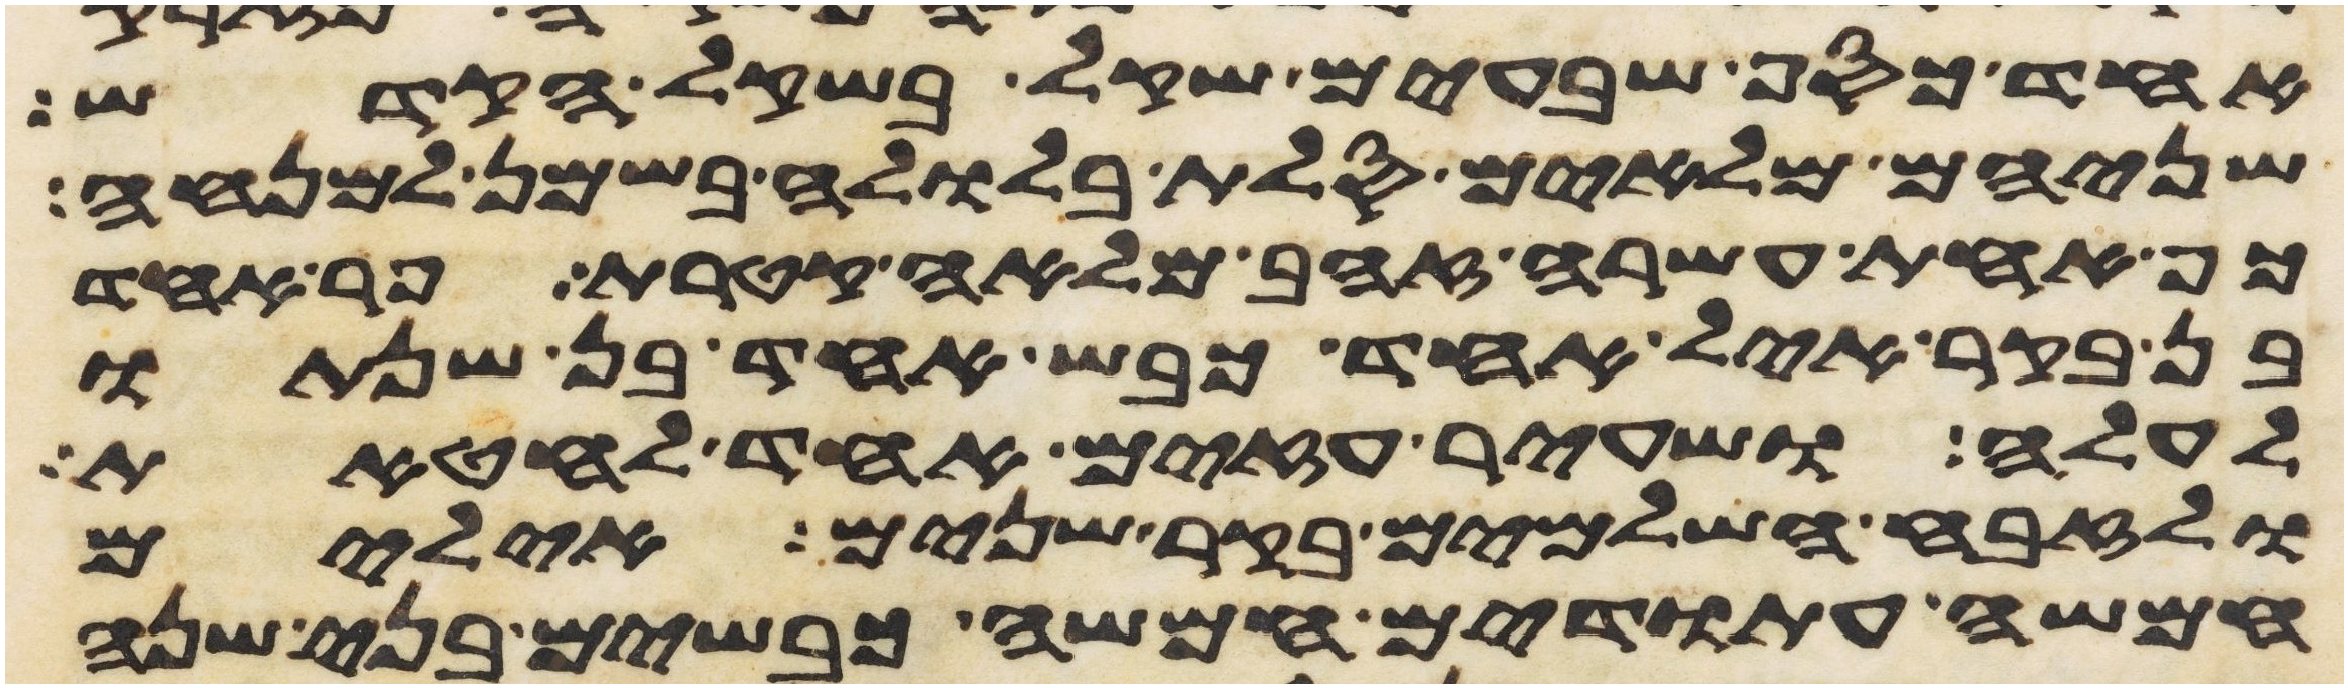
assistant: אחד כסף שבעים שקל בשקל הקדש
שניהם מלאים סלת בלולה בשמן למנחה
כף אחת עשרה זהב מלאה קטרת פר אחד
בן בקר איל אחד כבש אחד בן שנתו
לעלה ושעיר עזים אחד לחטאת
ולזבח השלמים בקר שנים אילים
חמשה עתודים חמשה כבשים בני שנה